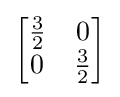
{\begin{bmatrix}{\frac {3}{2}}&0\\0&{\frac {3}{2}}\end{bmatrix}}